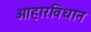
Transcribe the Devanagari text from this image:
आहारविधान